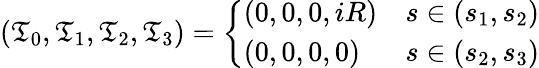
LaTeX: (\mathfrak{T}_{0},\mathfrak{T}_{1},\mathfrak{T}_{2},\mathfrak{T}_{3})=\left\{ \begin{array}{ll}{{(0,0,0,iR)}}&{{s\in(s_{1},s_{2})}}\\ {{(0,0,0,0)}}&{{s\in(s_{2},s_{3})}}\end{array}\right.